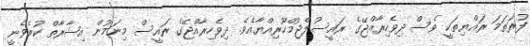
ފުރަތަމަ ރައްޔިތަކީ ވެސް ދިވެހިރާއްޖޭގެ ރައީސުލްޖުމްހޫރިއްޔާއެވެ. ދިވެހިރާއްޖޭގެ ރައީސް މިނަމުން އިޝާރާތް ކުރެވެނީ